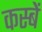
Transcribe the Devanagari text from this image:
कस्‍बें